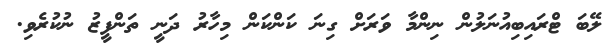
ލޭބަ ޓްރައިބިއުނަލުން ނިންމާ ވަރަށް ގިނަ ކަންކަން މިހާރު ދަނީ ތަންފީޒު ނުކުރެވި.